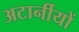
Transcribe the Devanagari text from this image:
अटार्नीयों